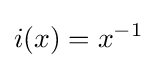
i(x)=x^{-1}